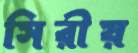
সিরীয়